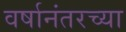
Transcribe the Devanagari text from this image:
वर्षानंतरच्या